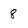
Character: 8